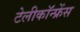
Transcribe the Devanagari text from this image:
टेलीकॉन्फ्रेंस